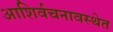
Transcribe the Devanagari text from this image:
आशिर्वचनावस्थेत